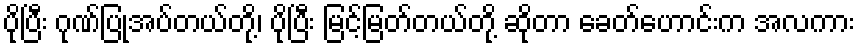
ပိုပြီး ဂုဏ်ပြုအပ်တယ်တို့၊ ပိုပြီး မြင့်မြတ်တယ်တို့ ဆိုတာ ခေတ်ဟောင်းက အလကား